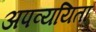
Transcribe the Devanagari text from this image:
अपव्ययिता